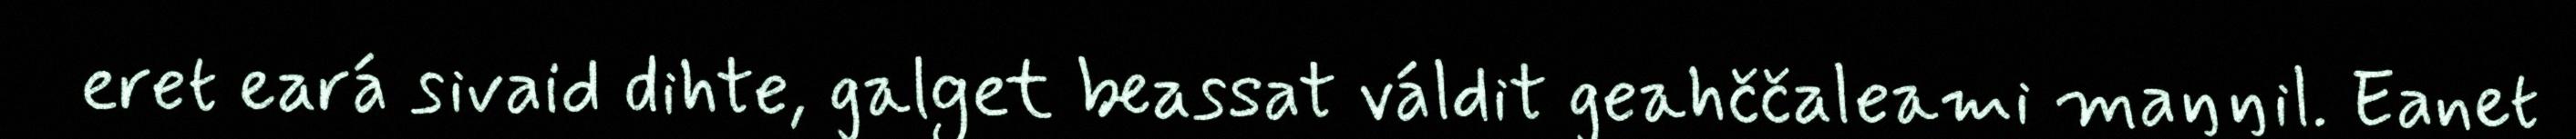
eret eará sivaid dihte, galget beassat váldit geahččaleami maŋŋil. Eanet